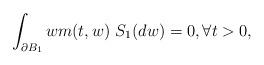
LaTeX: \begin{align*} \int_{\partial B_1} w m(t,w)~S_1(dw)=0, \forall t >0,\end{align*}